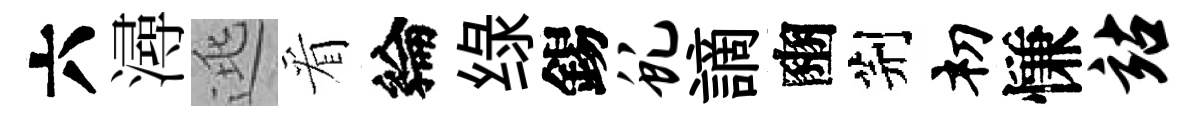
六潯逃看綸绿錫虬謫豳荆𥘉慊站